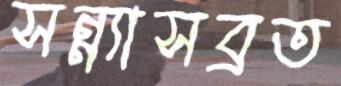
সন্ন্যাসব্রত